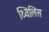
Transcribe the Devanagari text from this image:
थ्‍विलिस